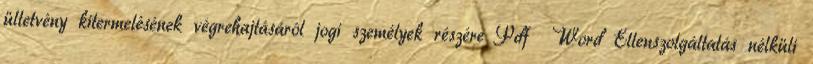
ültetvény kitermelésének végrehajtásáról jogi személyek részére Pdf Word Ellenszolgáltatás nélküli